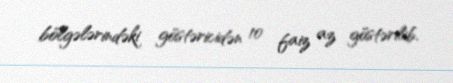
bölgələrindəki göstəricidən 10 faiz az göstərilib.